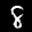
Label: 8